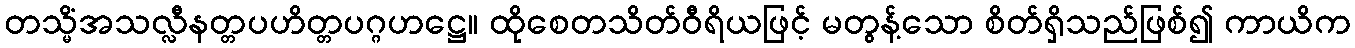
တသ္မိံအသလ္လီနတ္တပဟိတ္တပဂ္ဂဟဋ္ဌေ။ ထိုစေတသိတ်ဝီရိယဖြင့် မတွန့်သော စိတ်ရှိသည်ဖြစ်၍ ကာယိက